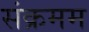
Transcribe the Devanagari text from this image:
संक्रमम